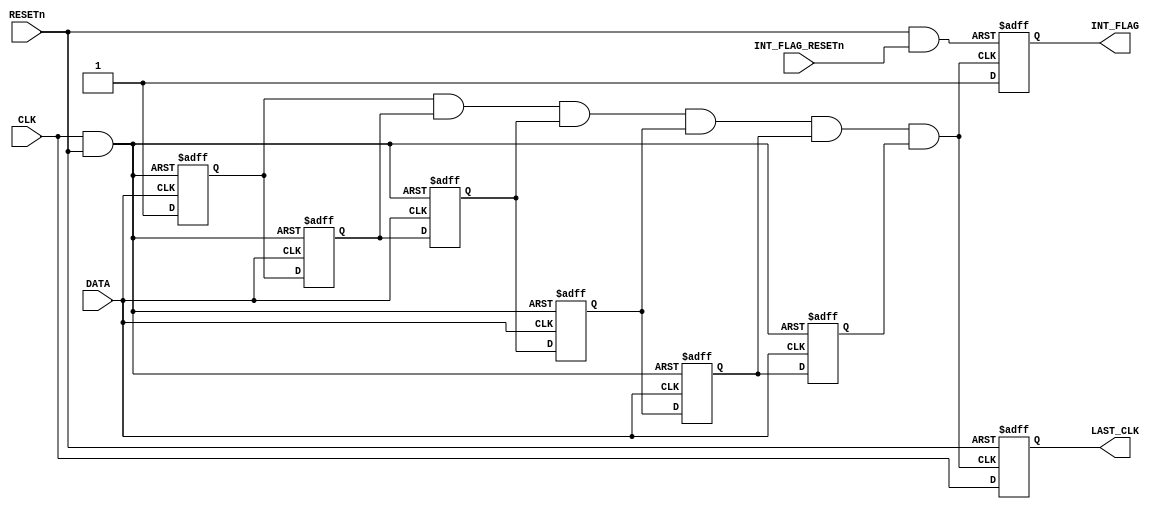
/*
 * MBus Copyright 2015 Regents of the University of Michigan
 *
 * Licensed under the Apache License, Version 2.0 (the "License");
 * you may not use this file except in compliance with the License.
 * You may obtain a copy of the License at
 *
 *     http://www.apache.org/licenses/LICENSE-2.0
 *
 * Unless required by applicable law or agreed to in writing, software
 * distributed under the License is distributed on an "AS IS" BASIS,
 * WITHOUT WARRANTIES OR CONDITIONS OF ANY KIND, either express or implied.
 * See the License for the specific language governing permissions and
 * limitations under the License.
 */

//////////////////////////////////////////
// Description: Tack on block for ULPB bus
//		Generates Data & Clock Flip Interrupt
// 		Maintains Last seen Clock State
//////////////////////////////////////////

module mbus_swapper
  (
   //Inputs
    input      CLK,
    input      RESETn,
    input      DATA,
    input      INT_FLAG_RESETn,
   //Outputs
    output reg LAST_CLK,
    output reg INT_FLAG
   );

   //Internal Declerations
   wire negp_reset;
   wire posp_reset;
   //Negative Phase Clock Resets
   reg 	  pose_negp_clk_0; //Positive Edge
   reg 	  nege_negp_clk_1; //Negative Edge
   reg 	  pose_negp_clk_2;
   reg 	  nege_negp_clk_3;
   reg 	  pose_negp_clk_4;
   reg 	  nege_negp_clk_5;
   wire   negp_int;        //Negative Phase Interrupt
   //Interrupt Reset
   wire   int_resetn;

   assign negp_reset = ~( CLK && RESETn);
   
   //////////////////////////////////////////
   // Interrupt Generation
   //////////////////////////////////////////
   
   //Negative Phase Clock Resets
   always @(posedge DATA or posedge negp_reset) begin
      if (negp_reset) begin
	 pose_negp_clk_0 = 0;
	 pose_negp_clk_2 = 0;
	 pose_negp_clk_4 = 0;
      end
      else begin
	 pose_negp_clk_0 = 1;
	 pose_negp_clk_2 = nege_negp_clk_1;
	 pose_negp_clk_4 = nege_negp_clk_3;
      end
   end

   always @(negedge DATA or posedge negp_reset) begin
      if (negp_reset) begin
	 nege_negp_clk_1 = 0;
	 nege_negp_clk_3 = 0;
	 nege_negp_clk_5 = 0;
      end
      else begin
	 nege_negp_clk_1 = pose_negp_clk_0;
	 nege_negp_clk_3 = pose_negp_clk_2;
	 nege_negp_clk_5 = pose_negp_clk_4;
      end
   end

   //Negative Phase Interrupt Generation
   assign negp_int = pose_negp_clk_0 &&
		     nege_negp_clk_1 &&
		     pose_negp_clk_2 &&
		     nege_negp_clk_3 &&
		     pose_negp_clk_4 &&
		     nege_negp_clk_5;

   //Interrupt Check & Clear
   assign int_resetn = RESETn && INT_FLAG_RESETn;
   
   always @(posedge negp_int or negedge int_resetn) begin
      if (~int_resetn) begin
	 INT_FLAG = 0;
      end
      else begin
	 INT_FLAG = 1;
      end
   end

   //////////////////////////////////////////
   // Last Seen Clock
   //////////////////////////////////////////

   always @(posedge negp_int or negedge RESETn) begin
      if (~RESETn) begin
	 LAST_CLK = 0;
      end
      else begin
	 LAST_CLK = CLK;
      end
   end
   
endmodule // mbus_swapper